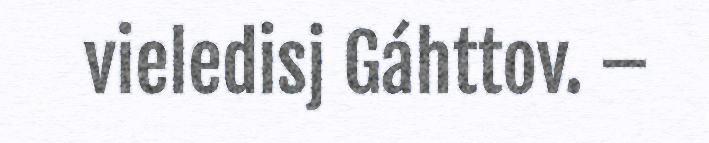
vieledisj Gáhttov. –